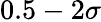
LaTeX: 0.5-2\sigma